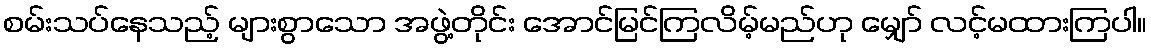
စမ်းသပ်နေသည့် များစွာသော အဖွဲ့တိုင်း အောင်မြင်ကြလိမ့်မည်ဟု မျှော် လင့်မထားကြပါ။